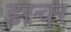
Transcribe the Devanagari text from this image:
डस्चर